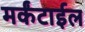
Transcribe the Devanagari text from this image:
मर्कंटाईल